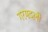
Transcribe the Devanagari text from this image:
गरमदली